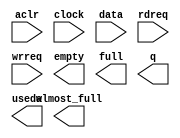
module pci2net_dma_16x32 (
	aclr,
	clock,
	data,
	rdreq,
	wrreq,
	almost_full,
	empty,
	full,
	q,
	usedw);

	input	  aclr;
	input	  clock;
	input	[31:0]  data;
	input	  rdreq;
	input	  wrreq;
	output	  almost_full;
	output	  empty;
	output	  full;
	output	[31:0]  q;
	output	[3:0]  usedw;

endmodule